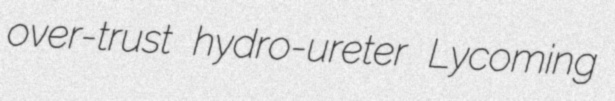
over-trust hydro-ureter Lycoming